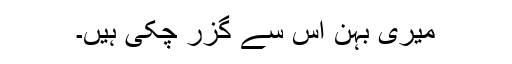
میری بہن اس سے گزر چکی ہیں۔